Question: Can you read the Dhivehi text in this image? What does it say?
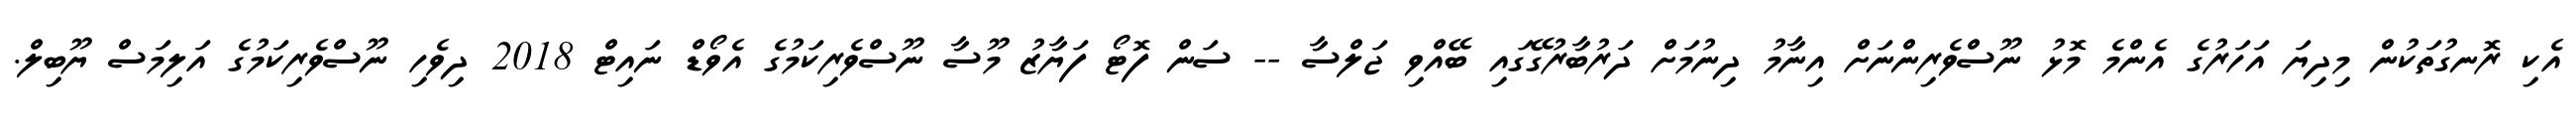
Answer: އެކި ރޮނގުތަކުން މިދިޔަ އަހަރުގެ އެންމެ މޮޅު ނޫސްވެރިންނަށް އިނާމު ދިނުމަށް ދަރުބާރުގޭގައި ބޭއްވި ޖަލްސާ -- ސަން ފޮޓޯ ފަޔާޒު މޫސާ ނޫސްވެރިކަމުގެ އެވޯޑް ނައިޓް 2018 ދިވެހި ނޫސްވެރިކަމުގެ އަލިމަސް ޔޫބިލް.